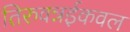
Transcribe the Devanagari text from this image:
तिरुवन्नईकवल